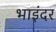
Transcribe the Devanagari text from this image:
भाइंदर